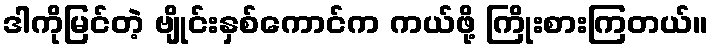
ဒါကိုမြင်တဲ့ ဗျိုင်းနှစ်ကောင်က ကယ်ဖို့ ကြိုးစားကြတယ်။